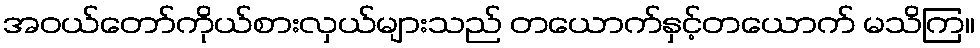
အဝယ်တော်ကိုယ်စားလှယ်များသည် တယောက်နှင့်တယောက် မသိကြ။